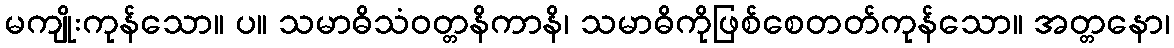
မကျိုးကုန်သော။ ပ။ သမာဓိသံဝတ္တနိကာနိ၊ သမာဓိကိုဖြစ်စေတတ်ကုန်သော။ အတ္တနော၊